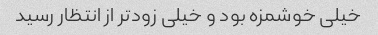
خیلی خوشمزه بود و خیلی زودتر از انتظار رسید